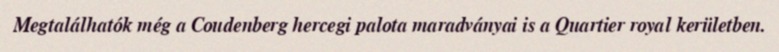
Megtalálhatók még a Coudenberg hercegi palota maradványai is a Quartier royal kerületben.